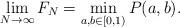
LaTeX: \begin{align*}\lim_{N\rightarrow\infty}F_N&=\min_{a,b\in[0,1)}P(a,b).\end{align*}